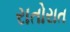
રાતોરાત